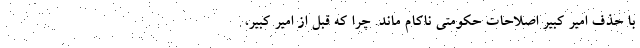
با حذف امیر کبیر اصلاحات حکومتی ناکام ماند. چرا که قبل از امیر کبیر،